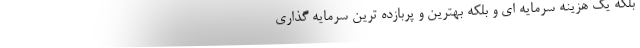
بلکه یک هزینه سرمایه ای و بلکه بهترین و پربازده ترین سرمایه گذاری